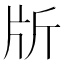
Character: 𣂔